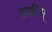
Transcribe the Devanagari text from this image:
इक्कीस्